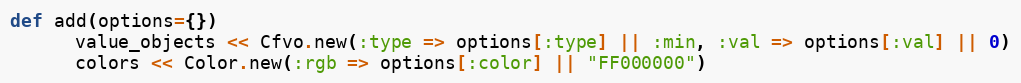
Language: Ruby
def add(options={})
      value_objects << Cfvo.new(:type => options[:type] || :min, :val => options[:val] || 0)
      colors << Color.new(:rgb => options[:color] || "FF000000")